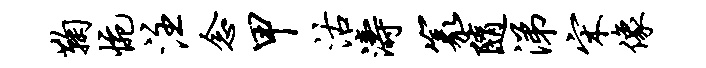
鞠惋注念甲沽涛篆随涕宋像